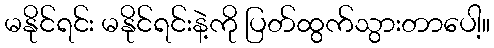
မနိုင်ရင်း မနိုင်ရင်းနဲ့ကို ပြတ်ထွက်သွားတာပေါ့။